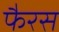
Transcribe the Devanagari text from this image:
फैरस